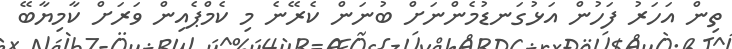
ތިން އަހަރު ފަހުން އަޅުގަނޑުމެންނަށް ބުނަން ކެރޭނެ މި ކެމްޕެއިން ވަރަށް ކާމިޔާބޭ